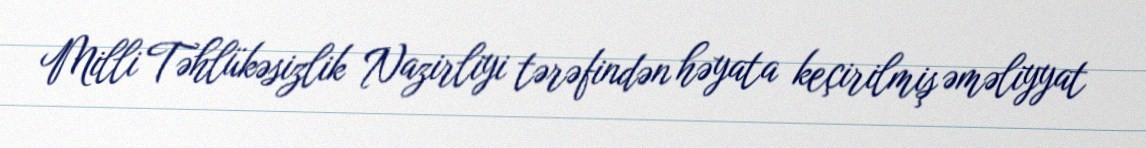
Milli Təhlükəsizlik Nazirliyi tərəfindən həyata keçirilmiş əməliyyat